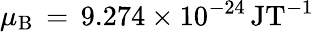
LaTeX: \mu_{\mathrm{B}}\, =\, 9.274\times 10^{-24}\, \mathrm{JT^{-1}}